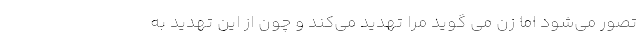
تصور می‌شود اما زن می گوید مرا تهدید می‌کند و چون از این تهدید به